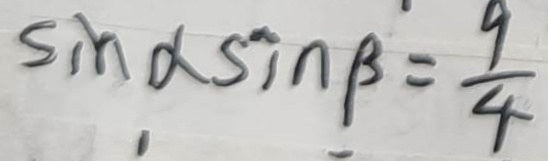
\sin \alpha \sin \beta = \frac { 9 } { 4 }